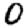
Digit: 0